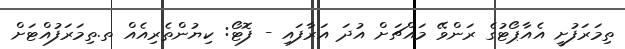
ތިމަރަފުށީ އެއާޕޯޓުގެ ރަންވޭ މައްޗަށް އުދަ އަރާފައި - ފޮޓޯ: ކިޔުންތެރިއެއް ތ.ތިމަރަފުއްޓަށް